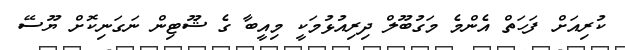
ކުރިއަށް ފަހަތް އެންމެ މަގުބޫލް ދިރިއުޅުމަކީ މިއީބާ ގެ ޝޫޓިން ނަގަނިކޮށް ޔޫސޭ